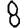
Digit: 8